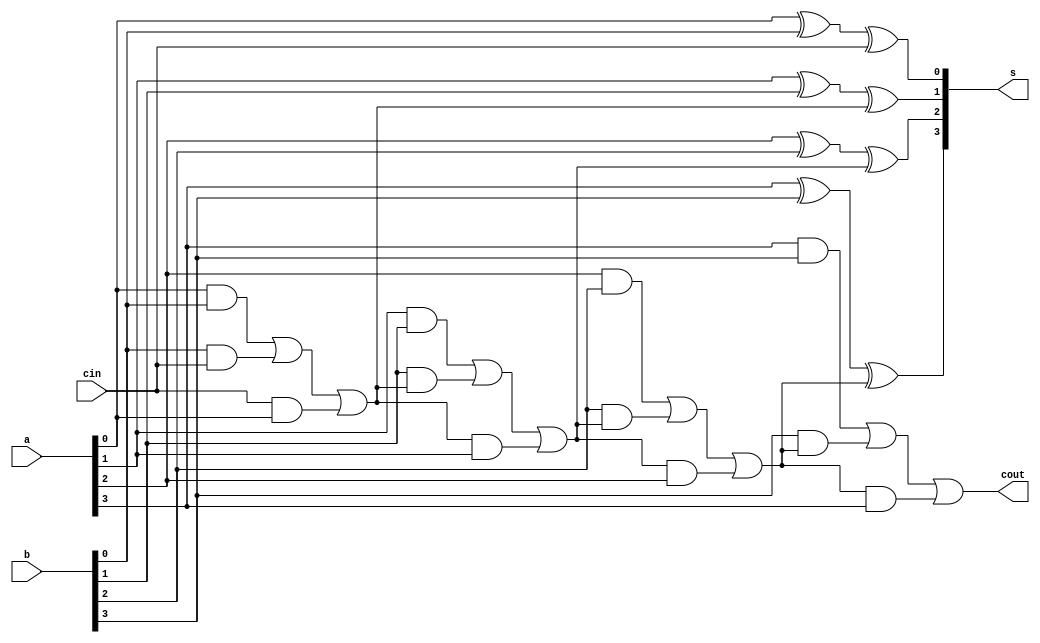
module rca_4(
input [3:0]a,
input [3:0]b,
input cin,
output [3:0]s,
output cout
);
wire [2:0]c;
assign s[0]=a[0]^b[0]^cin;
assign c[0]=(a[0]&b[0])|(b[0]&cin)|(cin&a[0]);

assign s[1]=a[1]^b[1]^c[0];
assign c[1]=(a[1]&b[1])|(b[1]&c[0])|(c[0]&a[1]);

assign s[2]=a[2]^b[2]^c[1];
assign c[2]=(a[2]&b[2])|(b[2]&c[1])|(c[1]&a[2]);

assign s[3]=a[3]^b[3]^c[2];
assign cout=(a[3]&b[3])|(b[3]&c[2])|(c[2]&a[3]);
endmodule

module rca_4_tb();
reg [3:0]a;
reg [3:0]b;
reg cin;
wire [3:0]s;
wire cout;
rca_4 dut(a,b,cin,s,cout);

initial a=4'b0000;
initial b=4'b0000;
initial cin=1'b0;
always #4 a=a+4'b0001;
always #16 b=b+4'b0001;
always #256 cin=cin+1'b1;
initial $monitor("a=%0b b=0%b cin=%0b s=%0b cout=%0b",a,b,cin,s,cout);
endmodule